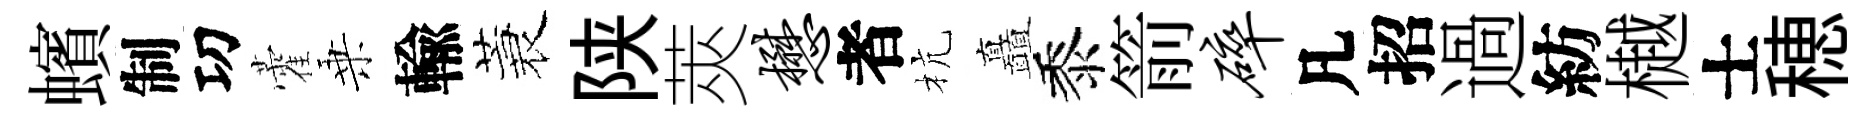
蠙制㓛藿乗輸蓑陕莢懋者杭矗黍箭碎凡招過紡樾士穂